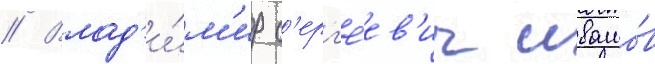
// Влад'и́м'ир с'ерг'е́ев'ич ивашо́в